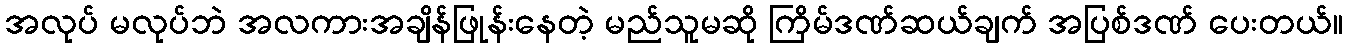
အလုပ် မလုပ်ဘဲ အလကားအချိန်ဖြုန်းနေတဲ့ မည်သူမဆို ကြိမ်ဒဏ်ဆယ်ချက် အပြစ်ဒဏ် ပေးတယ်။